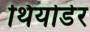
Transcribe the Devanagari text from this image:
थियोडेर